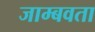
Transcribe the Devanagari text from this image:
जाम्बवता